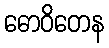
ဓောဝိတေန